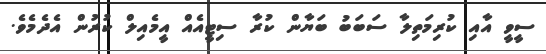
ސީވީ އާއި ކުރިމަތިލާ ސަބަބު ބަޔާން ކުރާ ސިޓީއެއް އީމެއިލް ކުރުން އެދެމެވެ.